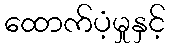
ထောက်ပံ့မှုနှင့်